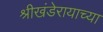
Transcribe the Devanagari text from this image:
श्रीखंडेरायाच्या